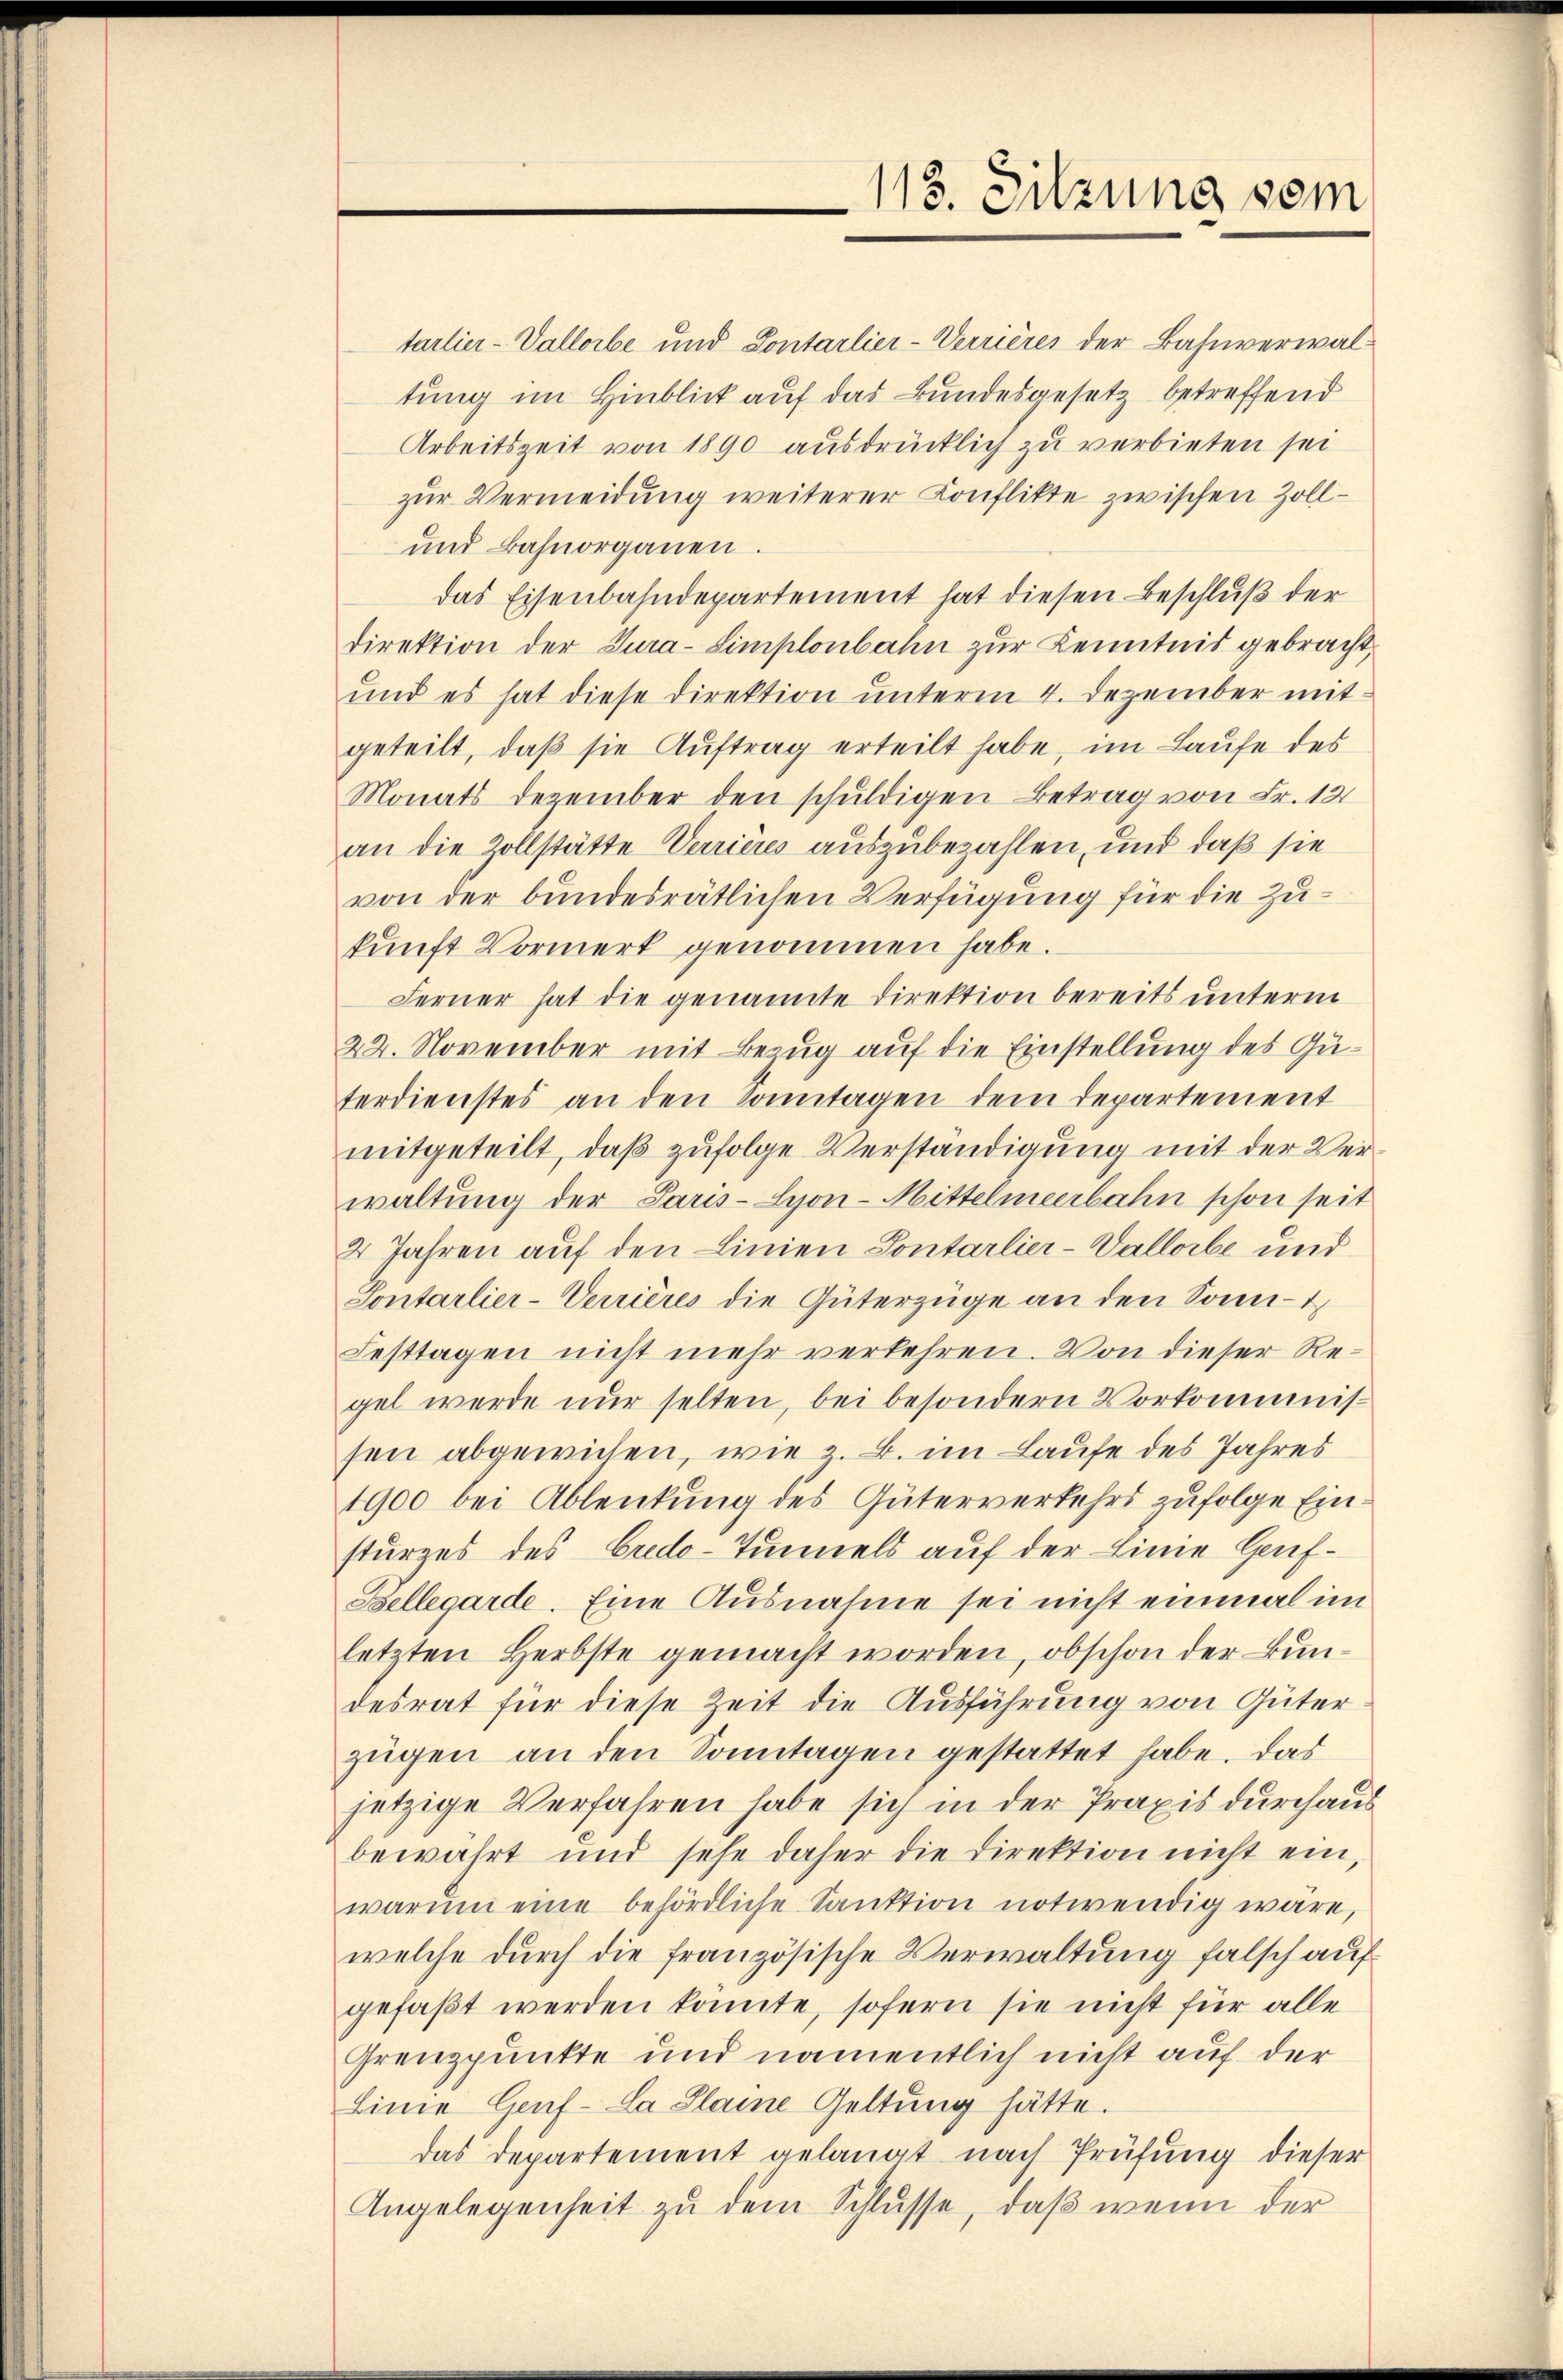
113. Sitzung vom

tarlier-Vallorbe und Contarlier-Verrières der Bahnverwaltung im Hinblick auf das Bundesgesetz betreffend
Arbeitszeit von 1890 ausdrücklich zu verbieten sei
zur Vermeidung weiterer Konflikte zwischen Zoll¬
und Bahnorganen.
das Eisenbahndepartement hat diesen Beschluß der
direktion der Tura-Simplonbahn zur Kenntnis gebracht.
und es hat diese Direktion unterm 4. Dezember mitgeteilt, daß sie Auftrag erteilt habe, im Laufe des
Monats Dezember den schuldigen Betrag von Fr. 12
an die Zollstätte Verrieres auszubezahlen, und daß sie
von der bundesrätlichen Verfügung für die Zukunft Vormerk genommen habe.
Ferner hat die genannte Direktion bereits unterm
22. November mit Bezug auf die Einstellung des Guterdienstes an den Sonntagen dem Departement
mitgeteilt, daß zufolge Verständigung mit der Verwaltung der Paris-Syon-Mittelmeerbahn schon seit
2 Jahren auf den Linien Pontarlier-Vallorbe und
Sontarlier-Verrières die Güterzüge an den Sonn-
Festtagen nicht mehr verkehren. Von dieser Regel werde nur selten, bei besondern Vorkommnissen abgewiesen, wie z. B. im Laufe des Jahres
1900 bei Ablenkung des Güterverkehrs zufolge Einsturzes des Credo-Tunnels auf der Linie Genf¬
Bellegarde. Eine Ausnahme sei nicht einmal im
letzten Herbste gemacht worden, obschon der Bundesrat für diese Zeit die Ausführung von Güter
zügen an den Sonntagen gestattet habe. Das
jetzige Verfahren habe sich in der Praxis durchaus
bewährt und sehe daher die Direktion nicht ein,
warŭm eine behördliche Sanktion notwendig wäre,
welche durch die französische Verwaltung falsch auf
gefaßt werden konnte, sofern sie nicht für alle
Grenzpunkte und namentlich nicht auf der
Linie Genf - La Plaine Geltung hätte.
das Departement gelangt nach Prüfung dieser
Angelegenheit zu dem Schlüsse, daß wenn der